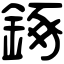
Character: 𨧧